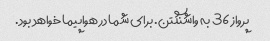
پرواز 36 به واشنگتن. برای شما در هواپیما خواهد بود.